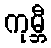
ကုမ္ဘီ